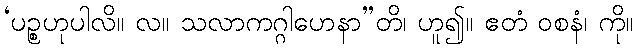
‘ပဉ္စဟုပါလိ။ လ။ သလာကဂ္ဂါဟေနာ”တိ၊ ဟူ၍။ ဧတံ ဝစနံ၊ ကို။